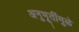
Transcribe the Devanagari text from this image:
अनुभूतींमुळे